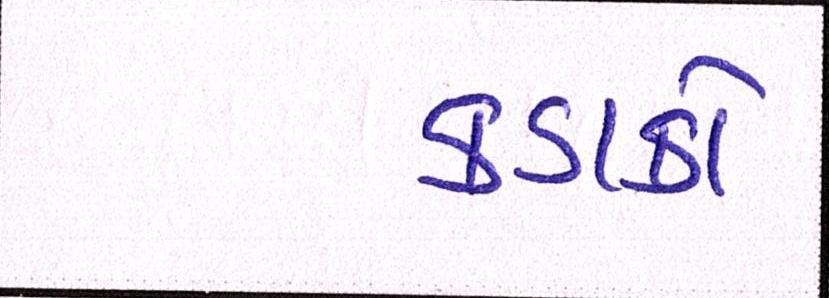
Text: કડાકો